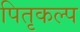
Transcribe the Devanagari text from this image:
पितृकल्प